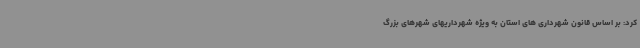
کرد: بر اساس قانون شهرداری های استان به ویژه شهرداریهای شهرهای بزرگ